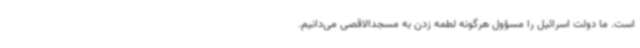
است. ما دولت اسرائیل را مسؤول هرگونه لطمه زدن به مسجدالاقصی می‌دانیم.